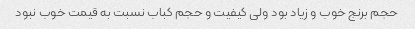
حجم برنج خوب و زیاد بود ولی کیفیت و حجم کباب نسبت به قیمت خوب نبود